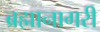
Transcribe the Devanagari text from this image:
ब्रह्मानागरी